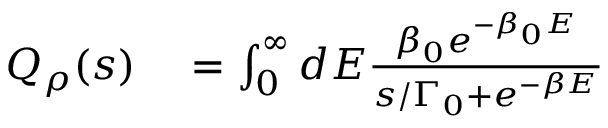
\begin{array} { r l } { Q _ { \rho } ( s ) } & { { } = \int _ { 0 } ^ { \infty } d E \frac { \beta _ { 0 } e ^ { - \beta _ { 0 } E } } { s / \Gamma _ { 0 } + e ^ { - \beta E } } } \end{array}